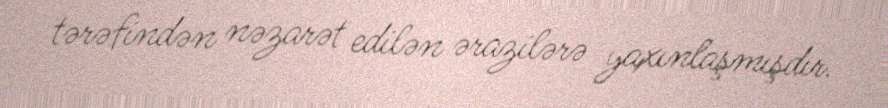
tərəfindən nəzarət edilən ərazilərə yaxınlaşmışdır.